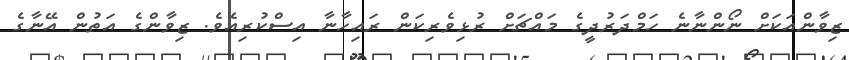
ޒިވާންއަކަށް ނޯންނާނެ ހަމްދަރުދީގެ މައްޗަށް ރުޅިވެރިކަން ރައިހާނާ އިސްކުރިއެވެ. ޒިވާންގެ އަތުން އޭނާގެ